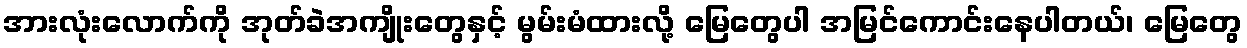
အားလုံးလောက်ကို အုတ်ခဲအကျိုးတွေနှင့် မွမ်းမံထားလို့ မြေတွေပါ အမြင်ကောင်းနေပါတယ်၊ မြေတွေ